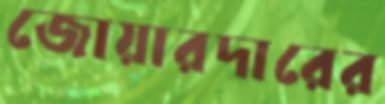
জোয়ারদারের